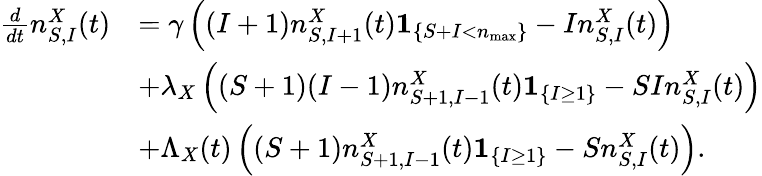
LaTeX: \begin{array}{rl}{\frac{d}{dt}n_{S,I}^{X}(t)}&{=\gamma\left((I+1)n_{S,I+1}^{X}(t)\mathbf{1}_{\left\{ S+I<n_{\operatorname*{max}}\right\} }-In_{S,I}^{X}(t)\right)}\\ &{+\lambda_{X}\left((S+1)(I-1)n_{S+1,I-1}^{X}(t)\mathbf{1}_{\left\{ I\geq 1\right\} }-SIn_{S,I}^{X}(t)\right)}\\ &{+\Lambda_{X}(t)\left((S+1)n_{S+1,I-1}^{X}(t)\mathbf{1}_{\left\{ I\geq 1\right\} }-Sn_{S,I}^{X}(t)\right).}\end{array}